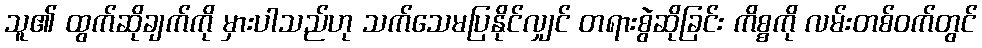
သူ၏ ထွက်ဆိုချက်ကို မှားပါသည်ဟု သက်သေမပြနိုင်လျှင် တရားစွဲဆိုခြင်း ကိစ္စကို လမ်းတစ်ဝက်တွင်